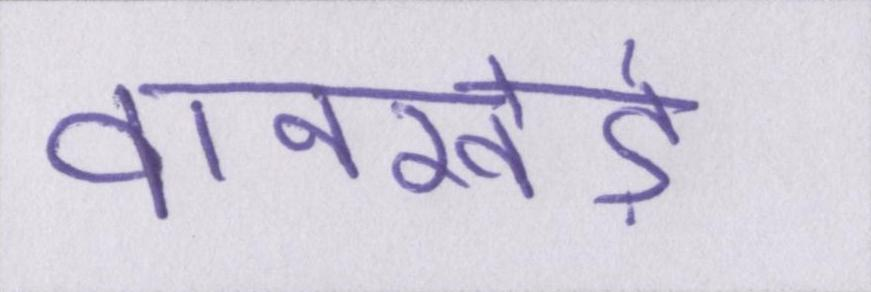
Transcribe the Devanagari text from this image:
वानखेड़े